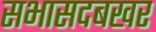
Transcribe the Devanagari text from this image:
सभासदबखर